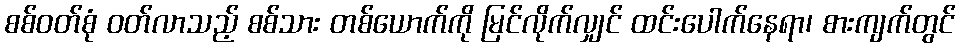
စစ်ဝတ်စုံ ဝတ်လာသည့် စစ်သား တစ်ယောက်ကို မြင်လိုက်လျှင် ထင်းပေါက်နေရာ၊ စားကျက်တွင်